Civil Veterinary Dept. Assam report 1927-50 - 1927-1950
Year: 1927
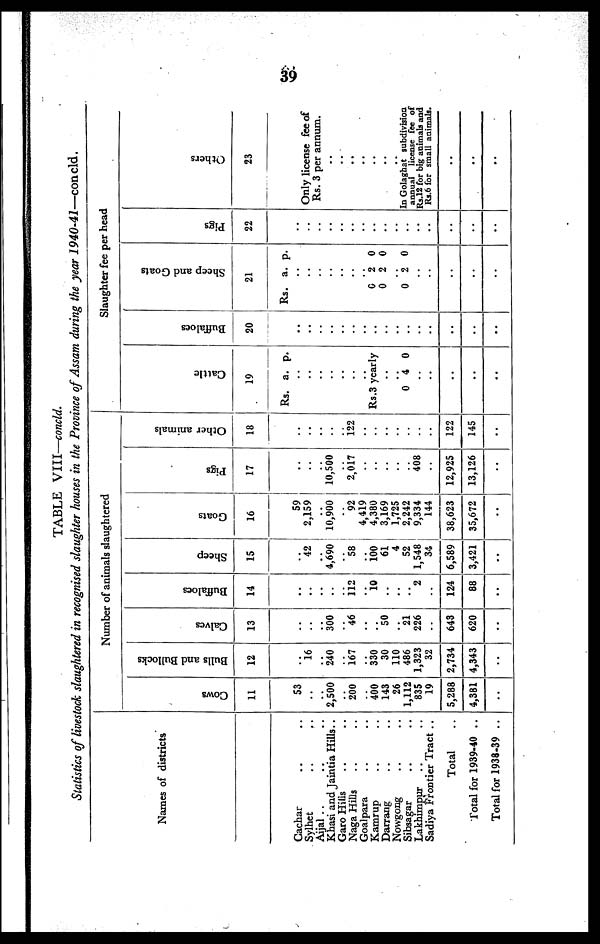
39
TABLE VIII—concld.
Statistics of livestock slaughtered in recognised slaughter houses in the Province of Assam during the year
1940-41—concld.
Names of districts
Cachar .. ..
Sylhet .. ..
Aijal .. .. ..
Khasi and Jaintia Hills..
Garo Hills .. ..
Naga Hills .. ..
Goalpara .. ..
Kamrup .. ..
Darrang .. ..
Nowgong .. ..
Sibsagar .. ..
Lakhimpur .. ..
Sadiya Frontier Tract ..
Total ..
Total for 1939-40 ..
Total for 1938-39 ..
Number of animals slaughtered
Cows
11
53
..
..
2,500
..
200
..
400
143
26
1,112
835
19
5,288
4,381
..
Bulls and Bullocks
12
..
16
..
240
..
167
..
330
30
110
486
1,323
32
2,734
4,343
..
Calves
13
..
..
..
300
..
46
..
..
50
..
21
226
..
643
620
..
Buffaloes
14
..
..
..
..
..
112
..
10
..
..
..
2
..
124
88
..
Sheep
15
..
42
..
4,690
..
58
..
100
61
4
52
1,548
34
6,589
3,421
..
Goats
16
59
2,159
..
10,900
..
92
4,419
4,380
3,169
1,725
2,242
9,334
144
38,623
35,672
..
Pigs
17
..
..
..
10,500
..
2,017
..
..
..
..
..
408
..
12,925
13,126
..
Other animals
18
..
..
..
..
..
122
..
..
..
..
..
..
..
122
145
..
Slaughter fee per head
Cattle
19
Rs. a. p.
..
..
..
..
..
..
..
Rs.3 yearly
..
..
0 4 0
..
..
..
..
..
Buffaloes
20
..
..
..
..
..
..
..
..
..
..
..
..
..
..
..
..
Sheep and Goats
21
Rs. a. p.
..
..
..
..
..
..
..
0 2 0
0 2 0
..
0 2 0
..
..
..
..
..
Pigs
22
..
..
..
..
..
..
..
..
..
..
..
..
..
..
Others
23
Only license fee of
Rs. 3 per annum.
..
..
..
..
..
..
..
In Golaghat subdivision
annual license fee of
Rs.12 for big animals and
Rs.6 for small animals.
..
..
..